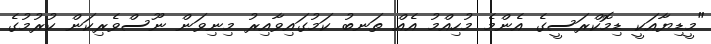
"މީޑިޔާއަކީ ޑިމޮކްރަސީގެ އެންމެ މުހިއްމު އެއް ތަނބު ކަމުގައިވާއިރު މިނިވަން ނޫސްވެރިކަން ކުރުމުގެ